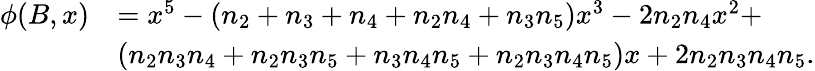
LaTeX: \begin{array}{rl}{\phi(B,x)}&{=x^{5}-(n_{2}+n_{3}+n_{4}+n_{2}n_{4}+n_{3}n_{5})x^{3}-2n_{2}n_{4}x^{2}+}\\ &{(n_{2}n_{3}n_{4}+n_{2}n_{3}n_{5}+n_{3}n_{4}n_{5}+n_{2}n_{3}n_{4}n_{5})x+2n_{2}n_{3}n_{4}n_{5}.}\end{array}